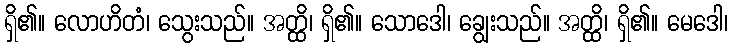
ရှိ၏။ လောဟိတံ၊ သွေးသည်။ အတ္ထိ၊ ရှိ၏။ သောဒေါ၊ ချွေးသည်။ အတ္ထိ၊ ရှိ၏။ မေဒေါ၊